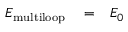
\begin{array} { r l r } { E _ { \mathrm { m u l t i l o o p } } } & { { } = } & { E _ { 0 } } \end{array}